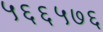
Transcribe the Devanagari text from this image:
५६६५७६